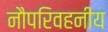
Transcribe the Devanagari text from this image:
नौपरिवहनीय